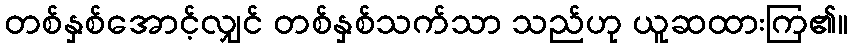
တစ်နှစ်အောင့်လျှင် တစ်နှစ်သက်သာ သည်ဟု ယူဆထားကြ၏။